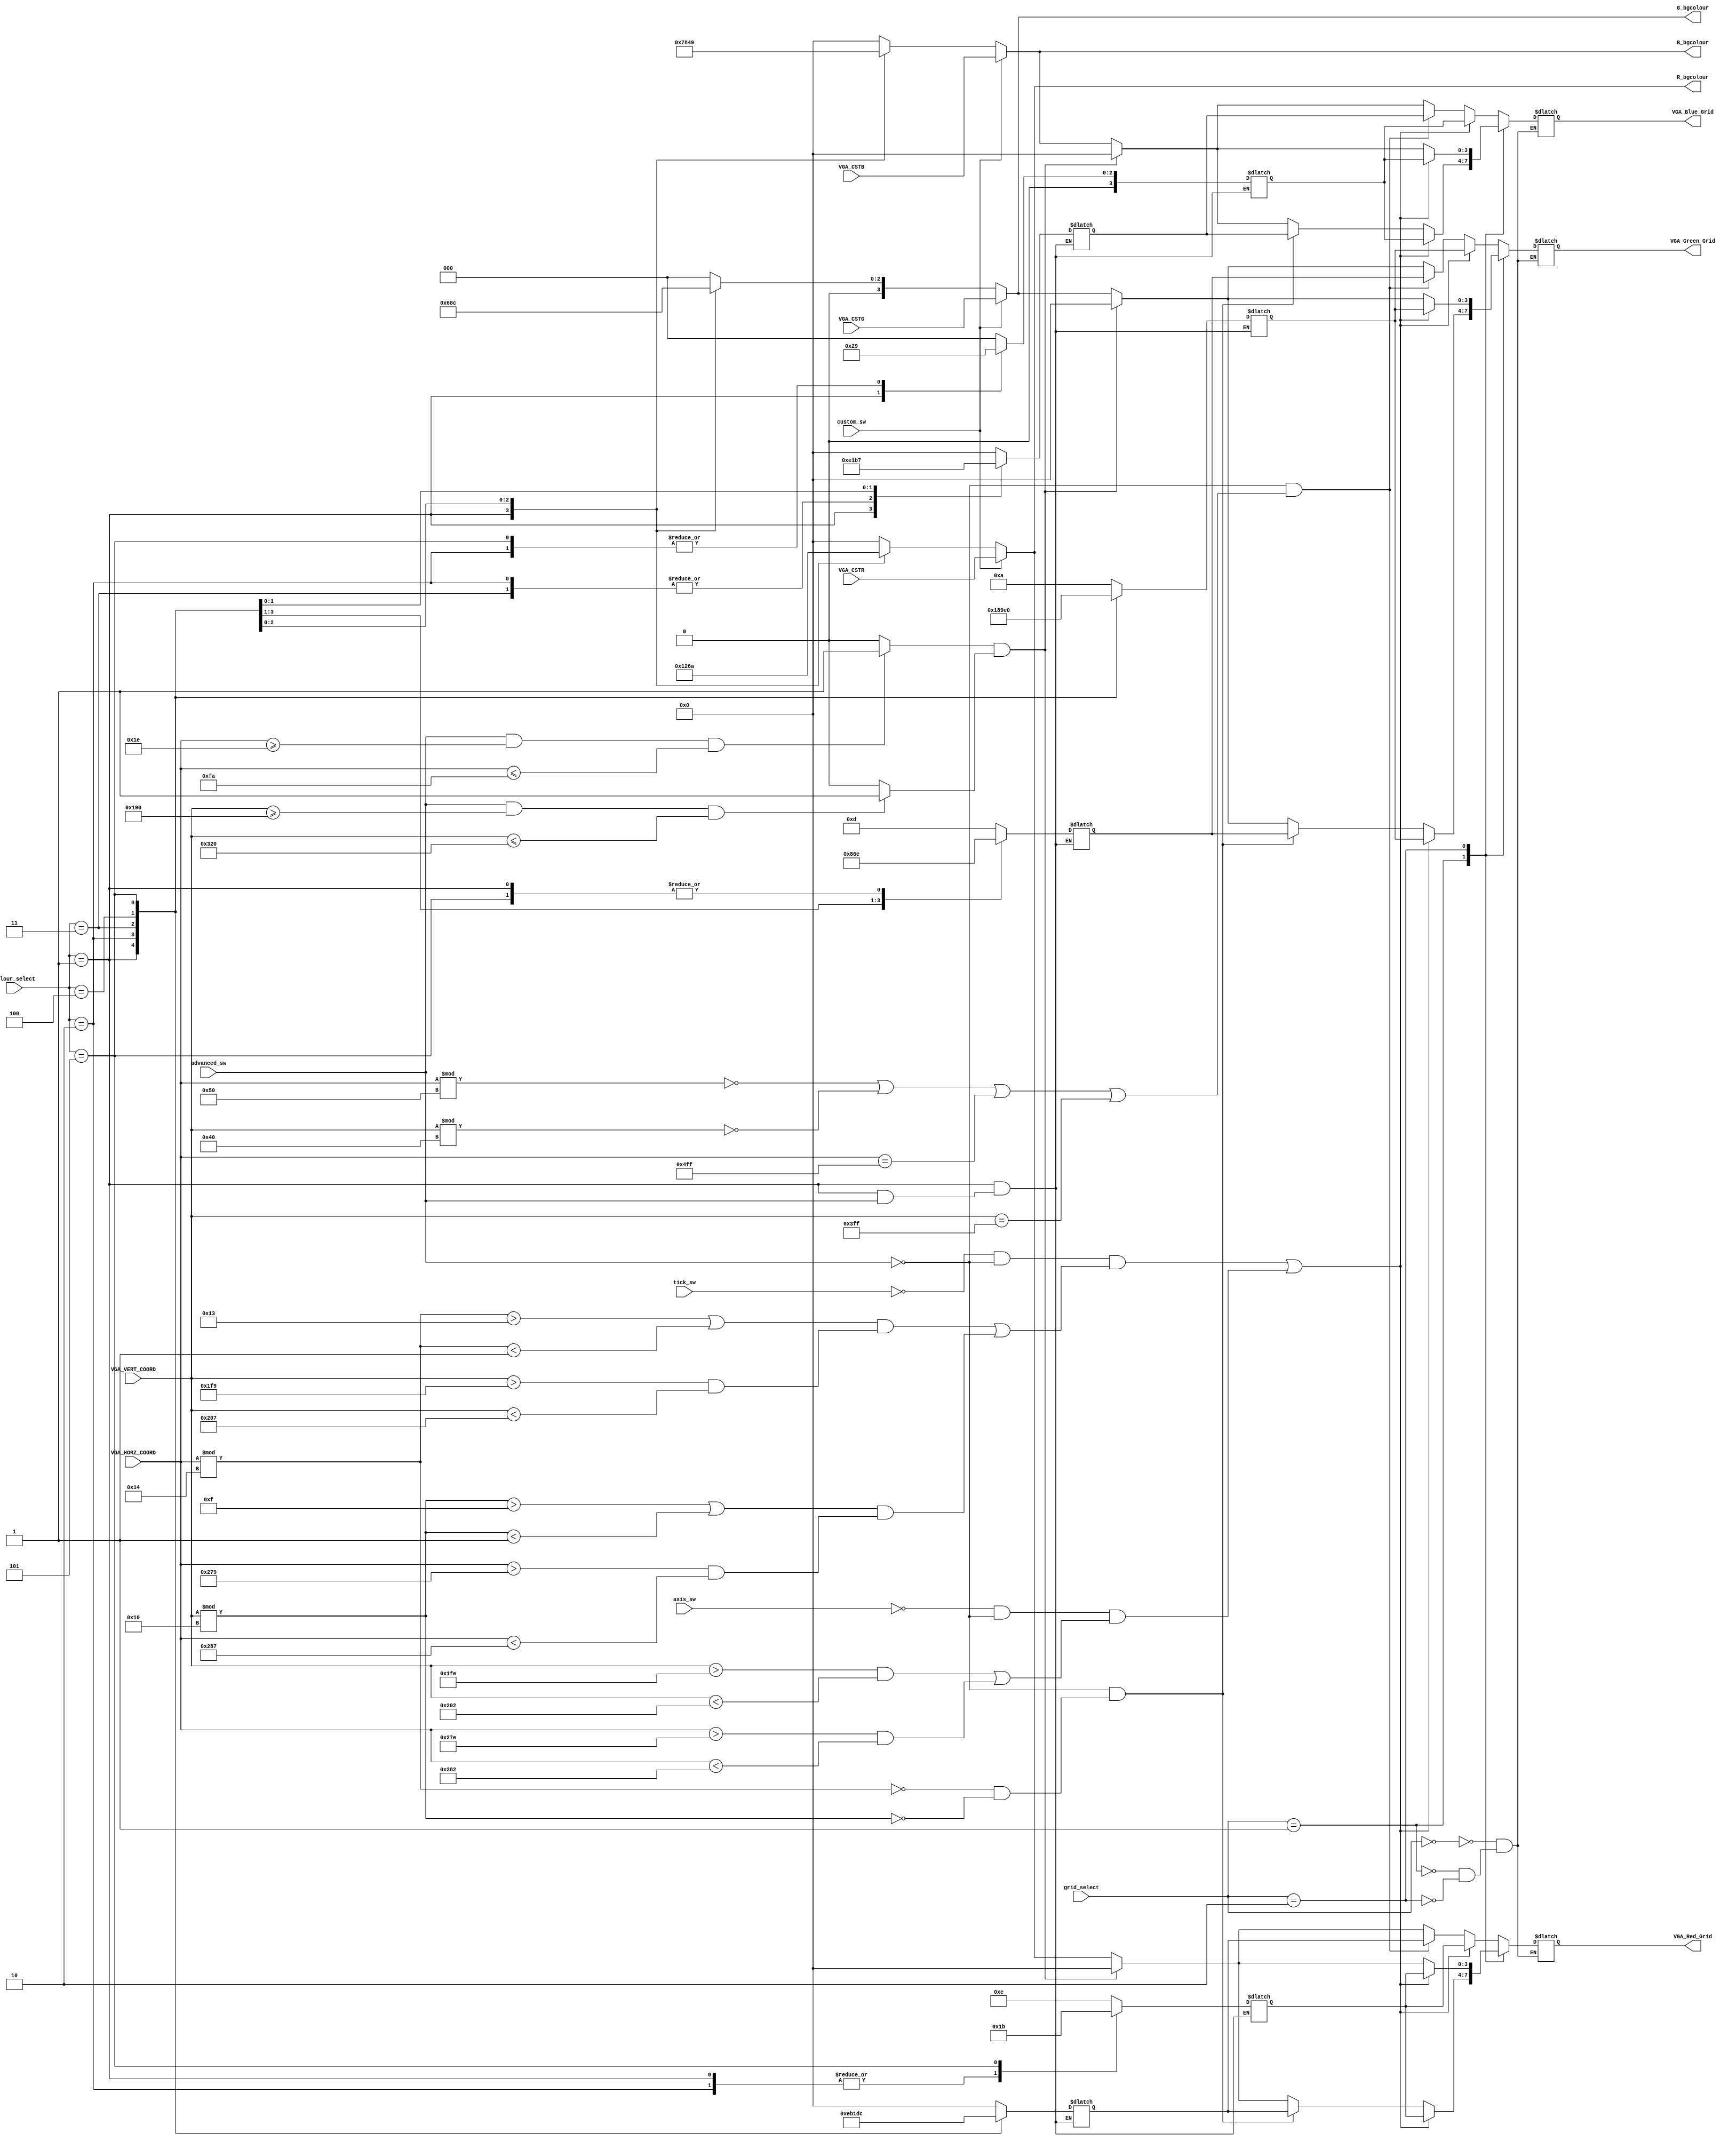
`timescale 1ns / 1ps
//////////////////////////////////////////////////////////////////////////////////
//-------------------------------------------------------------------------  
//                  DRAWING GRID LINES AND TICKS ON SCREEN
// Description:
// Grid lines are drawn at pixel # 320 along the x-axis, and
// pixel #768 along the y-axis

// Note the VGA controller is configured to produce a 1024 x 1280 pixel resolution
//-------------------------------------------------------------------------

//-------------------------------------------------------------------------
// TOOD:    Draw grid lines at every 80-th pixel along the horizontal axis, and every 64th pixel
//          along the vertical axis. This gives us a 16x16 grid on screen. 
//          
//          Further draw ticks on the central x and y grid lines spaced 16 and 8 pixels apart in the 
//          horizontal and vertical directions respectively. This gives us 5 sub-divisions per division 
//          in the horizontal and 8 sub-divisions per divsion in the vertical direction   
//-------------------------------------------------------------------------  
  
//////////////////////////////////////////////////////////////////////////////////


module Draw_Background(
    input [11:0] VGA_HORZ_COORD,
    input [11:0] VGA_VERT_COORD,
    input advanced_sw,
    input axis_sw,
    input tick_sw,
    input custom_sw,   
    input [2:0] colour_select,
    input [2:0] grid_select,
    input [3:0] VGA_CSTR,
    input [3:0] VGA_CSTG,
    input [3:0] VGA_CSTB,
    output reg [3:0] VGA_Red_Grid,
    output reg [3:0] VGA_Green_Grid,
    output reg [3:0] VGA_Blue_Grid,
    output reg [3:0] R_bgcolour,
    output reg [3:0] G_bgcolour,
    output reg [3:0] B_bgcolour
    );
 
     reg [3:0] R_gridcolour;
     reg [3:0] G_gridcolour;
     reg [3:0] B_gridcolour;
     reg [3:0] R_tickcolour;
     reg [3:0] G_tickcolour;
     reg [3:0] B_tickcolour;
    
// The code below draws two grid lines. Modify the codes to draw more grid lines. 
    wire Condition_For_Grid_0 = (advanced_sw == 0) && ((VGA_HORZ_COORD % 80 == 0) ||  (VGA_VERT_COORD % 64 == 0) || (VGA_HORZ_COORD == 1279) || (VGA_VERT_COORD == 1023));
    wire Condition_For_Grid_1 = (advanced_sw == 0) && ((VGA_HORZ_COORD % 20 == 0 && VGA_VERT_COORD % 16 == 0));
    wire Condition_For_Grid_2 = (advanced_sw == 0 && advanced_sw == 1); //false
    parameter [1:0] tt = 1; // tick thickness

// Using the gridline example, insert your code below to draw ticks on the x-axis and y-axis.
    wire Condition_For_Ticks = (tick_sw == 0) && (advanced_sw == 0) && ((((VGA_HORZ_COORD % 20 > 20 - tt) || (VGA_HORZ_COORD % 20 < tt)) && (VGA_VERT_COORD > 505 && VGA_VERT_COORD < 519 )) 
                               || (((VGA_VERT_COORD % 16 > 16 - tt) || (VGA_VERT_COORD % 16 < tt)) && (VGA_HORZ_COORD > 633 && VGA_HORZ_COORD < 647))); 
                               
    wire Condition_For_Axis =  (axis_sw == 0) && (advanced_sw == 0) && ((VGA_VERT_COORD > 510 && VGA_VERT_COORD < 514 ) || (VGA_HORZ_COORD > 638 && VGA_HORZ_COORD < 642));


// Black box for menu booleans
    wire menu_horz = (advanced_sw == 1 && VGA_HORZ_COORD >= 30 && VGA_HORZ_COORD <= 250)? 1: 0;
    wire menu_vert = (advanced_sw == 1 && VGA_VERT_COORD >= 400 && VGA_VERT_COORD <= 800)? 1: 0;  
    
// Please modify below codes to change the background color and to display ticks defined above
    always @(*) begin
        case(colour_select)
        3'b001: //dark blue bg 137 + neon green waveform 9e0 + white grid fff + darker blue tick 115
            begin
            R_bgcolour = 4'h1;
            G_bgcolour = 4'h3;
            B_bgcolour = 4'h7;
            if (advanced_sw == 0) begin
                R_gridcolour = 4'he;
                G_gridcolour = 4'he;
                B_gridcolour = 4'he;
                R_tickcolour = 4'h1;
                G_tickcolour = 4'h1;
                B_tickcolour = 4'h5;
                end
            end
        
        3'b010: // white bg fff + black waveform 000 + red grid b01 + dark green ticks 181
            begin
            R_bgcolour = 4'h0;
            G_bgcolour = 4'h0;
            B_bgcolour = 4'h0;
            R_gridcolour = 4'hb;
            G_gridcolour = 4'h0;
            B_gridcolour = 4'h1;
            R_tickcolour = 4'h1;
            G_tickcolour = 4'h8;
            B_tickcolour = 4'h1;
            end
        
        3'b011: // dark blue bg 228 + orange waveform fa0 + dark green 181 grid + darker orange ticks e90
            begin
            R_bgcolour = 4'h2;
            G_bgcolour = 4'h2;
            B_bgcolour = 4'h8;
            R_gridcolour = 4'h1;
            G_gridcolour = 4'h8;
            B_gridcolour = 4'h1;
            R_tickcolour = 4'he;
            G_tickcolour = 4'h9;
            B_tickcolour = 4'h0;       
            end
        
        3'b100: // purple bg 614 + white waveform fff + d6b + yellow ff1 ticks
            begin
            R_bgcolour = 4'h6;
            G_bgcolour = 4'h1;
            B_bgcolour = 4'h4;
            R_gridcolour = 4'hd;
            G_gridcolour = 4'h6;
            B_gridcolour = 4'hb;
            R_tickcolour = 4'he;
            G_tickcolour = 4'he;
            B_tickcolour = 4'h0;
            end
        
        3'b101: // light pink bg a49 + deep purple 525  + apple green df8 grid
            begin
            R_bgcolour = 4'ha;
            G_bgcolour = 4'h4;
            B_bgcolour = 4'h9;
            R_gridcolour = 4'hc;
            G_gridcolour = 4'he;
            B_gridcolour = 4'h7;
            R_tickcolour = 4'hb;
            G_tickcolour = 4'h0;
            B_tickcolour = 4'h1;
            end
        
        default: // default waveform
            begin
            R_bgcolour = 4'h0;
            G_bgcolour = 4'h0;
            B_bgcolour = 4'h0;
            R_gridcolour = 4'h0;
            G_gridcolour = 4'hD;
            B_gridcolour = 4'h0;
            R_tickcolour = 4'he;
            G_tickcolour = 4'ha;
            B_tickcolour = 4'h0;
            end
        endcase
        if (custom_sw) begin
            R_bgcolour <= VGA_CSTR;
            G_bgcolour <= VGA_CSTG;
            B_bgcolour <= VGA_CSTB;
            end
    end
    
    always@(*) begin
        case(grid_select)
            3'b000: 
            begin
                VGA_Red_Grid = (Condition_For_Ticks || Condition_For_Axis) ? R_tickcolour : Condition_For_Grid_0 ? R_gridcolour : (menu_horz && menu_vert)? 4'h0:  R_bgcolour;
                VGA_Green_Grid = (Condition_For_Ticks || Condition_For_Axis) ? G_tickcolour : Condition_For_Grid_0 ? G_gridcolour : (menu_horz && menu_vert)? 4'h0:  G_bgcolour;
                VGA_Blue_Grid = (Condition_For_Ticks || Condition_For_Axis) ? B_tickcolour : Condition_For_Grid_0 ? B_gridcolour : (menu_horz && menu_vert)? 4'h0:  B_bgcolour;
            end
            3'b001: 
            begin
                VGA_Red_Grid = (Condition_For_Ticks || Condition_For_Axis) ? R_tickcolour : Condition_For_Grid_1 ? R_gridcolour : (menu_horz && menu_vert)? 4'h0:  R_bgcolour;
                VGA_Green_Grid = (Condition_For_Ticks || Condition_For_Axis) ? G_tickcolour : Condition_For_Grid_1 ? G_gridcolour : (menu_horz && menu_vert)? 4'h0:  G_bgcolour;
                VGA_Blue_Grid = (Condition_For_Ticks || Condition_For_Axis) ? B_tickcolour : Condition_For_Grid_1 ? B_gridcolour : (menu_horz && menu_vert)? 4'h0:  B_bgcolour;
            end
            3'b010:
            begin
                VGA_Red_Grid = (Condition_For_Ticks || Condition_For_Axis) ? R_tickcolour : Condition_For_Grid_2 ? R_gridcolour : (menu_horz && menu_vert)? 4'h0:  R_bgcolour;
                VGA_Green_Grid = (Condition_For_Ticks || Condition_For_Axis) ? G_tickcolour : Condition_For_Grid_2 ? G_gridcolour : (menu_horz && menu_vert)? 4'h0:  G_bgcolour;
                VGA_Blue_Grid = (Condition_For_Ticks || Condition_For_Axis) ? B_tickcolour : Condition_For_Grid_2 ? B_gridcolour : (menu_horz && menu_vert)? 4'h0:  B_bgcolour;
            end
        endcase
    end    
endmodule